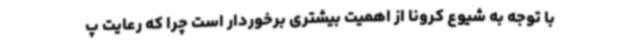
با توجه به شیوع کرونا از اهمیت بیشتری برخوردار است چرا که رعایت پ